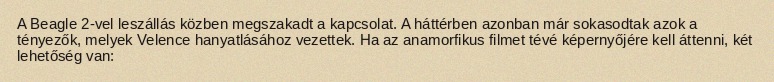
A Beagle 2-vel leszállás közben megszakadt a kapcsolat. A háttérben azonban már sokasodtak azok a tényezők, melyek Velence hanyatlásához vezettek. Ha az anamorfikus filmet tévé képernyőjére kell áttenni, két lehetőség van: